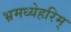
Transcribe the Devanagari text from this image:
भ्रमध्येहरिम्